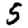
Digit: 5